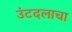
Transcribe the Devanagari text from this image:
उंटदलाचा